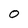
Character: 0